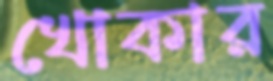
খোকার